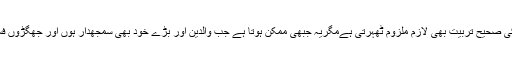
بچوں کی پرورش کرتے کرتے بچوں کی صحیح تربیت بھی لازم ملزوم ٹھہرتی ہےمگریہ جبھی ممکن ہوتا ہے جب والدین اور بڑے خود بھی سمجھدار ہوں اور جھگڑوں فسادوںمیں اپنے بچوں کو داخل نہ کریں ۔